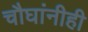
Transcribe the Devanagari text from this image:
चौघांनीही